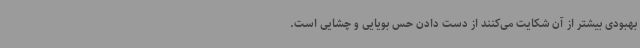
بهبودی بیشتر از آن شکایت می‌کنند از دست دادن حس بویایی و چشایی است.